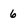
Character: 6